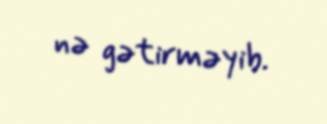
nə gətirməyib.